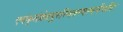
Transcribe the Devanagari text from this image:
एवंकृतेप्रेतपुरस्थितस्यस्वर्गेगतिः